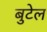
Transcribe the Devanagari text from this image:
बुटेल